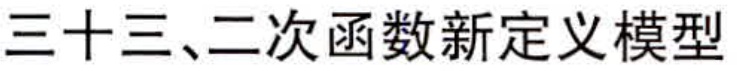
三十三、二次函数新定义模型